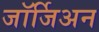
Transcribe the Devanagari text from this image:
जॉर्जिअन